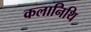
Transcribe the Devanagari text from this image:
कलानिथि